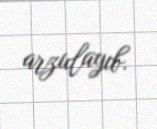
arzulayıb.